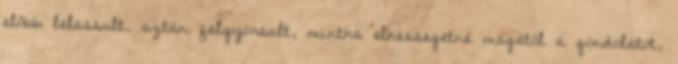
előbb lelassult, aztán felgyorsult, mintha elhessegetné magától a gondolatot,